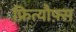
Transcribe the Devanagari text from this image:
फ्रित्यौफ़्स